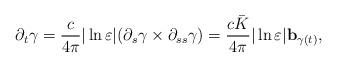
LaTeX: \begin{align*}\partial_t \gamma=\frac{c}{4\pi}|\ln\varepsilon|(\partial_s\gamma\times\partial_{ss}\gamma)=\frac{c\bar{K}}{4\pi}|\ln\varepsilon|\mathbf{b}_{\gamma(t)},\end{align*}